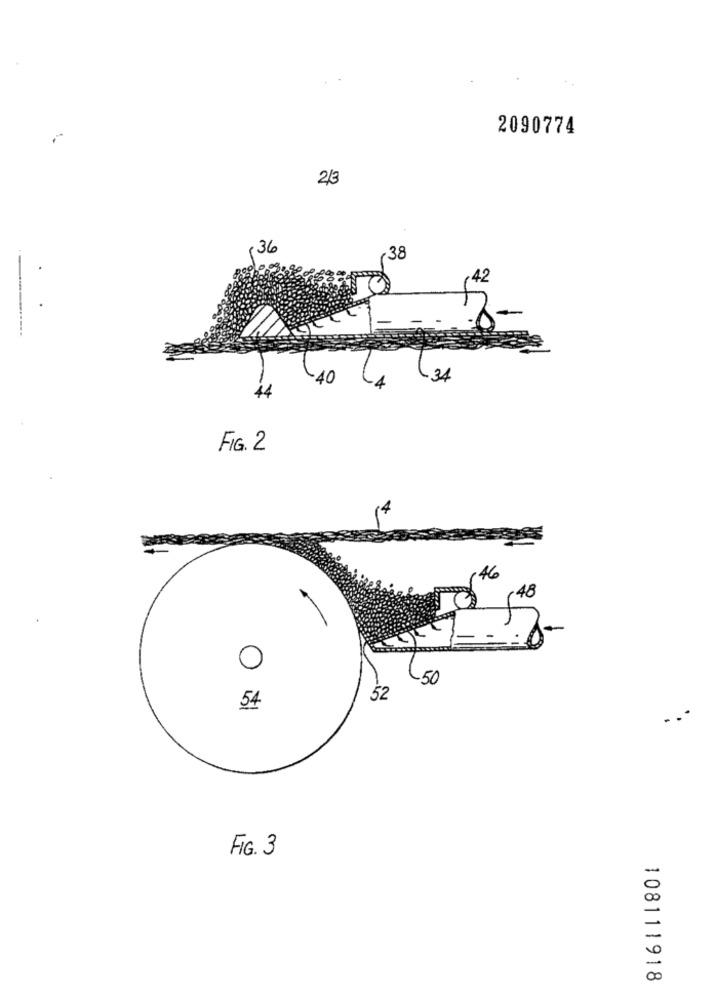
2090774
2/3
(36
38
42
34
44
FIG. 2
146
48
O
50
52
54
. -
m
FIG. 3
108111918